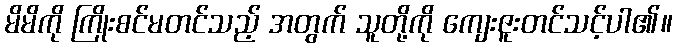
မိမိကို ကြိုးစင်မတင်သည့် အတွက် သူတို့ကို ကျေးဇူးတင်သင့်ပါ၏။